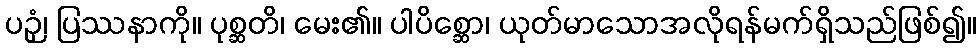
ပဉှံ၊ ပြဿနာကို။ ပုစ္ဆတိ၊ မေး၏။ ပါပိစ္ဆော၊ ယုတ်မာသောအလိုရန်မက်ရှိသည်ဖြစ်၍။